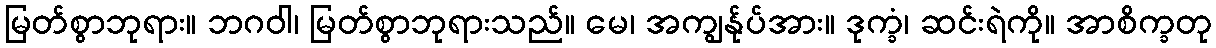
မြတ်စွာဘုရား။ ဘဂဝါ၊ မြတ်စွာဘုရားသည်။ မေ၊ အကျွန်ုပ်အား။ ဒုက္ခံ၊ ဆင်းရဲကို။ အာစိက္ခတု